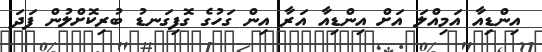
އިންޑިއާ އަމިއްލަ އަށް އިންޑިއާ އަރާ އިން ގަހުގެ ގޮފިގަނޑު ބުރިކޮށްލުން ފަދަ